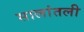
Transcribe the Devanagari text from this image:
सालांतली